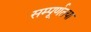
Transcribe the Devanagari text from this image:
सम्पूर्णतया